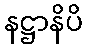
နဋ္ဌာနိပိ